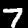
Label: 7